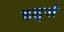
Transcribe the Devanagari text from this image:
हर्ड्स